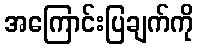
အကြောင်းပြချက်ကို